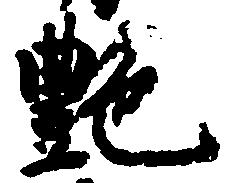
艶